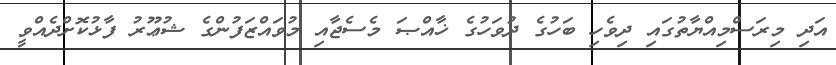
އަދި މިރަސްމިއްޔާތުގައި ދިވެހި ބަހުގެ ދުވަހުގެ ޚާއްޞަ މެސެޖާއި މުވައްޒަފުންގެ ޝުޢޫރު ފާޅުކޮށްދެއްވީ